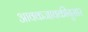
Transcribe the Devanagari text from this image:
आवकजावकीनुसार